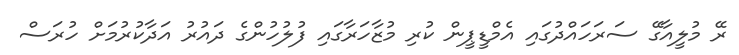
ރޭ މުލީއާގޭ ސަރަހައްދުގައި އެމްޑީޕީން ކުރި މުޒާހަރާގައި ފުލުހުންގެ ދައުރު އަދާކުރުމަށް ހުރަސް